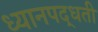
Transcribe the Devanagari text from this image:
ध्यानपद्धती